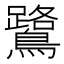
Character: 鷺